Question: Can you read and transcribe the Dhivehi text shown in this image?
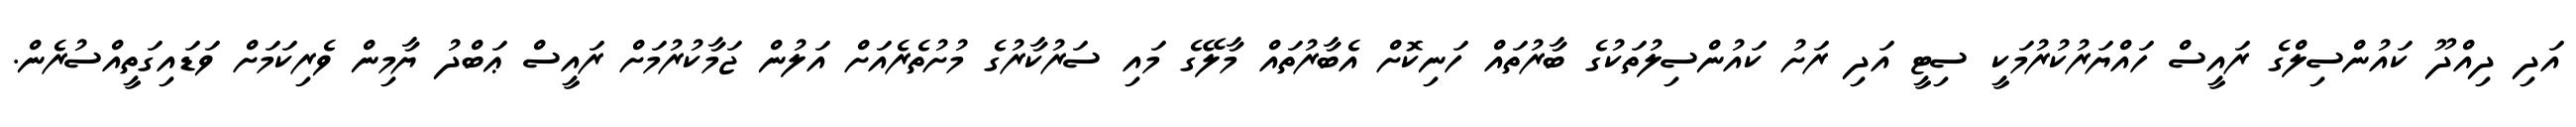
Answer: އަދި ދިއްދޫ ކައުންސިލްގެ ރައީސް ހައްޔަރުކުރުމަކީ ސިޓީ އަދި ރަށު ކައުންސިލުތަކުގެ ބާރުތައް ހަނިކޮށް އެބާރުތައް މާލޭގެ މައި ސަރުކާރުގެ މުށުތެރެއަށް އަލުން ޖަމާކުރުމަށް ރައީސް ޢަބްދު ޔާމިން ވެރިކަމަށް ވަޑައިގަތީއްސުރެން.